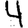
Digit: 4